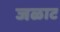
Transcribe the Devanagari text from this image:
जळाट